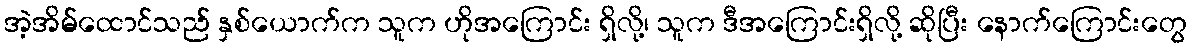
အဲ့အိမ်ထောင်သည် နှစ်ယောက်က သူက ဟိုအကြောင်း ရှိလို့၊ သူက ဒီအကြောင်းရှိလို့ ဆိုပြီး နောက်ကြောင်းတွေ